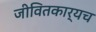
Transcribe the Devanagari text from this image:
जीवितकार्यच